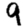
Digit: 9